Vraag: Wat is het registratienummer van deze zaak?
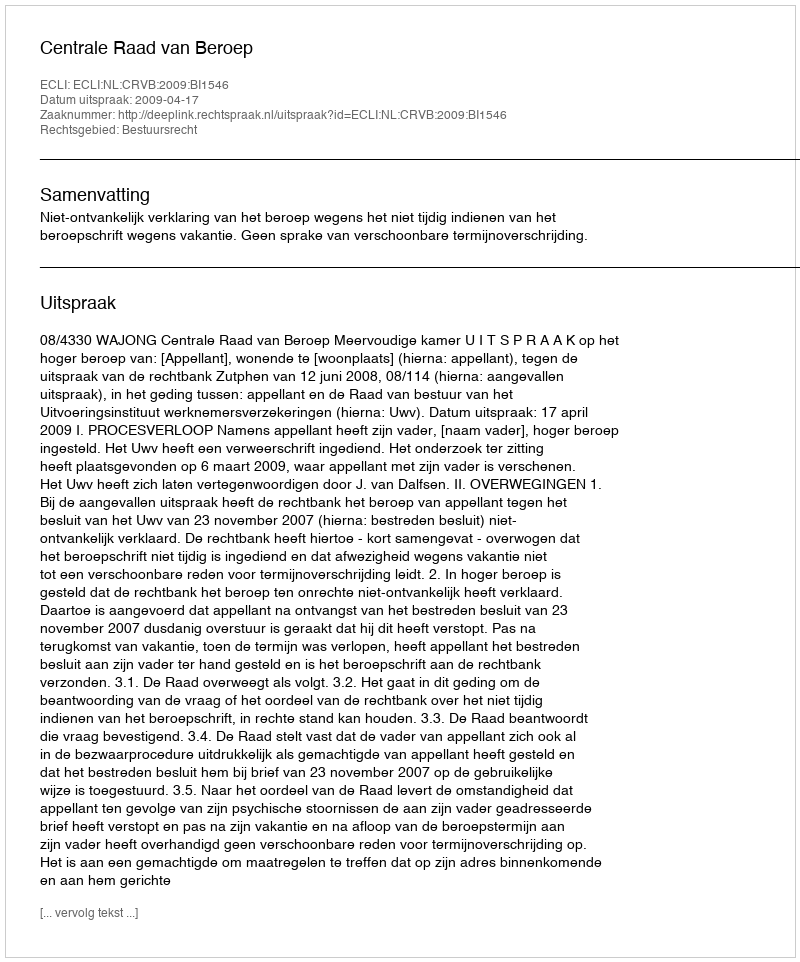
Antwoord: http://deeplink.rechtspraak.nl/uitspraak?id=ECLI:NL:CRVB:2009:BI1546